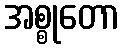
အစ္စုတော